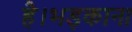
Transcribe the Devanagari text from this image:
है।भड़काना